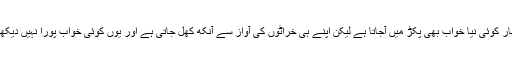
کبھی کبھار کوئی نیا خواب بھی پکڑ میں آجاتا ہے لیکن اپنے ہی خراٹوں کی آواز سے آنکھ کھل جاتی ہے اور یوں کوئی خواب پورا نہیں دیکھا جاسکتا۔